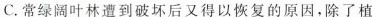
C.常绿阔叶林遭到破坏后又得以恢复的原因，除了植